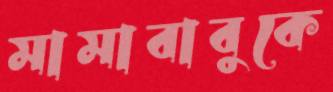
মামাবাবুকে